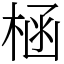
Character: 㮀